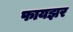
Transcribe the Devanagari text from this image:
फायझर